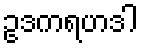
ဥဒကရဟဒါ